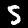
Label: 5